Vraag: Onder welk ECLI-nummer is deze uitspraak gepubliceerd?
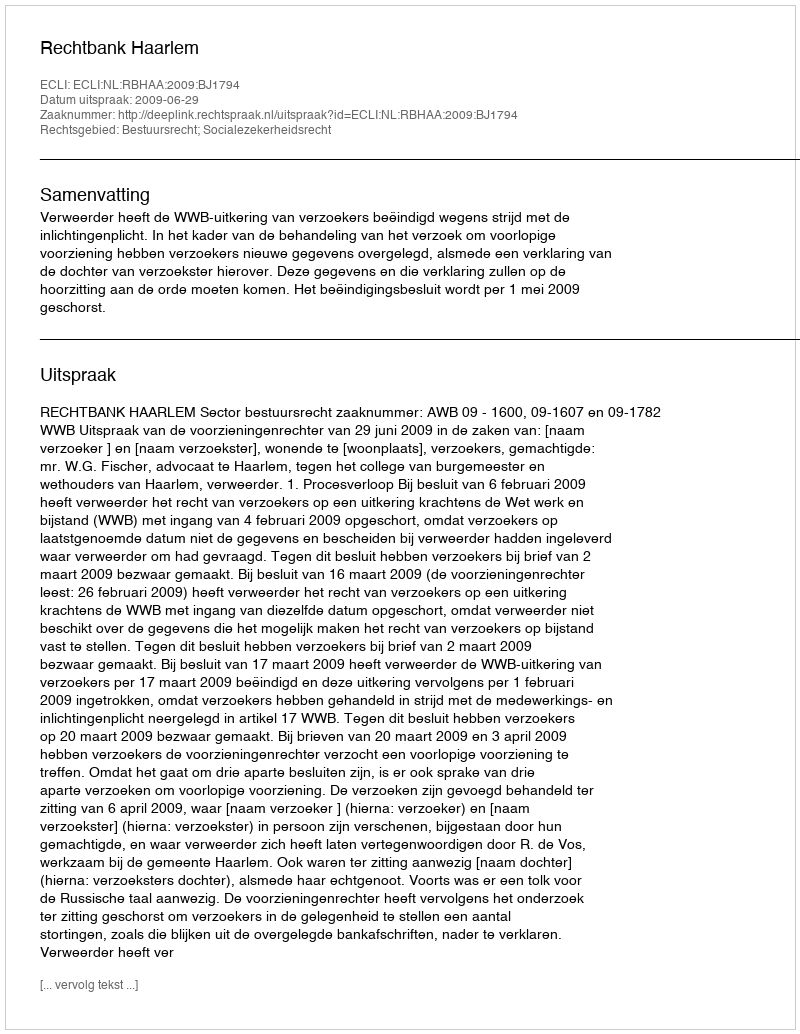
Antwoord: ECLI:NL:RBHAA:2009:BJ1794